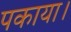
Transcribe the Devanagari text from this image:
पकाया।